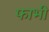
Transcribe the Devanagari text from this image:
फाभी